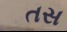
તસ